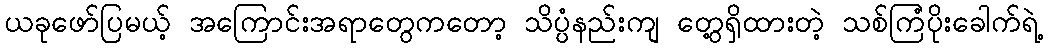
ယခုဖော်ပြမယ့် အကြောင်းအရာတွေကတော့ သိပ္ပံနည်းကျ တွေ့ရှိထားတဲ့ သစ်ကြံပိုးခေါက်ရဲ့